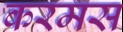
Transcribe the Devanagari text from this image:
करमस